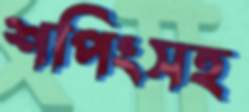
শপিংসহ